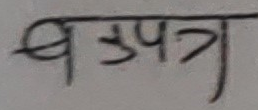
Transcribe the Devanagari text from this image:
बउपपत्र